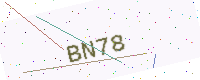
Text: BN78